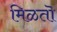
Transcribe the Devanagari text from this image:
मिळतॊ